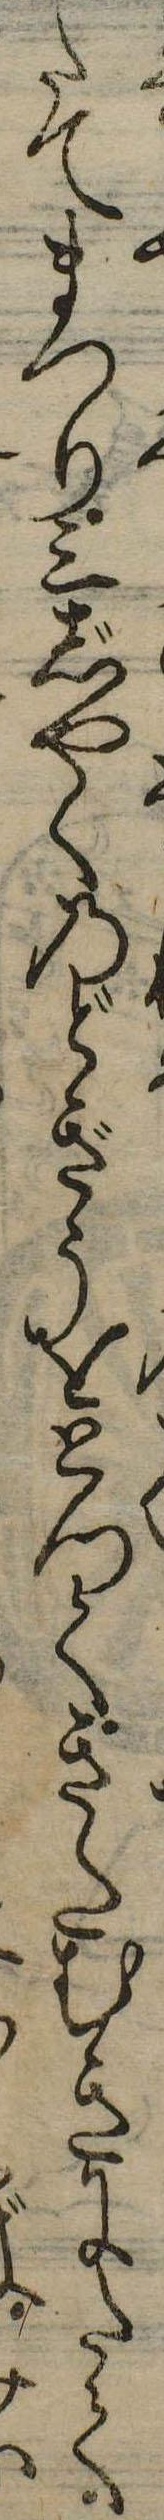
たてまつり三じやくのどぎうをとつてきたむきにたて